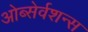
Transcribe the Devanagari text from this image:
ओब्सेर्वशन्स